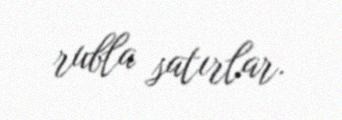
rubla satırlar.